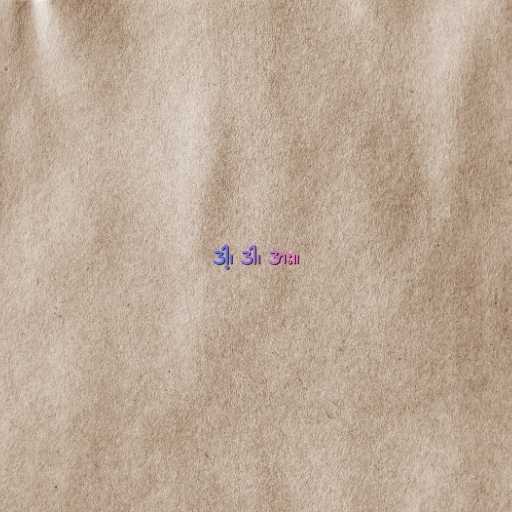
ဒါ့၊ ဒါ၊ ဒား။